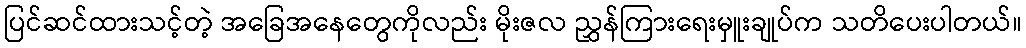
ပြင်ဆင်ထားသင့်တဲ့ အခြေအနေတွေကိုလည်း မိုးဇလ ညွှန်ကြားရေးမှူးချုပ်က သတိပေးပါတယ်။